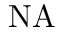
\mathrm { N A }